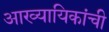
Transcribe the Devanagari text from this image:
आख्यायिकांची